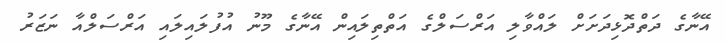
އޭނާގެ ދަތްދޮޅިދަށަށް ލައްވާލި އަރްސަލްގެ އަތްތިލައިން އޭނާގެ މޫނު އުފުލައިލައި އަރްސަލްއާ ނަޒަރު